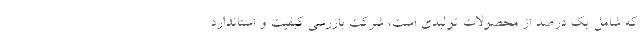
که شامل یک درصد از محصولات تولیدی است، شرکت بازرسی کیفیت و استاندارد